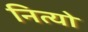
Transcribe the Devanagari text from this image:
नित्यो